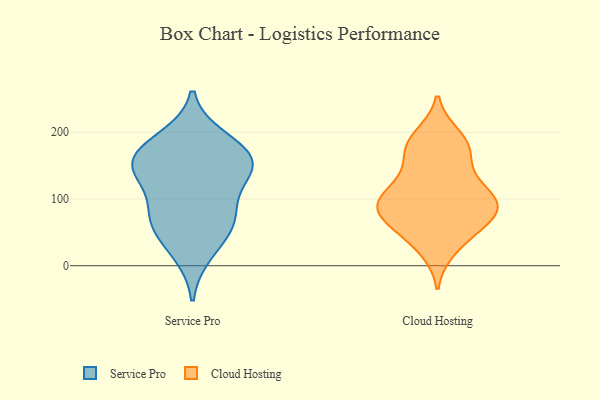
{"axis": {"x": "Budget (USD K)", "y": "Value"}, "legend": ["Cloud Hosting", "Service Pro"], "data": [{"x": "", "y": 159, "type": "Service Pro"}, {"x": "", "y": 159, "type": "Service Pro"}, {"x": "", "y": 19, "type": "Service Pro"}, {"x": "", "y": 190, "type": "Service Pro"}, {"x": "", "y": 67, "type": "Service Pro"}, {"x": "", "y": 89, "type": "Service Pro"}, {"x": "", "y": 137, "type": "Service Pro"}, {"x": "", "y": 53, "type": "Service Pro"}, {"x": "", "y": 72, "type": "Service Pro"}, {"x": "", "y": 177, "type": "Service Pro"}, {"x": "", "y": 140, "type": "Service Pro"}, {"x": "", "y": 148, "type": "Service Pro"}, {"x": "", "y": 103, "type": "Cloud Hosting"}, {"x": "", "y": 64, "type": "Cloud Hosting"}, {"x": "", "y": 187, "type": "Cloud Hosting"}, {"x": "", "y": 58, "type": "Cloud Hosting"}, {"x": "", "y": 76, "type": "Cloud Hosting"}, {"x": "", "y": 178, "type": "Cloud Hosting"}, {"x": "", "y": 128, "type": "Cloud Hosting"}, {"x": "", "y": 98, "type": "Cloud Hosting"}, {"x": "", "y": 94, "type": "Cloud Hosting"}, {"x": "", "y": 75, "type": "Cloud Hosting"}, {"x": "", "y": 89, "type": "Cloud Hosting"}, {"x": "", "y": 36, "type": "Cloud Hosting"}, {"x": "", "y": 25, "type": "Cloud Hosting"}, {"x": "", "y": 99, "type": "Cloud Hosting"}, {"x": "", "y": 128, "type": "Cloud Hosting"}, {"x": "", "y": 88, "type": "Cloud Hosting"}, {"x": "", "y": 194, "type": "Cloud Hosting"}, {"x": "", "y": 163, "type": "Cloud Hosting"}, {"x": "", "y": 173, "type": "Cloud Hosting"}]}